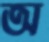
অ